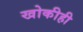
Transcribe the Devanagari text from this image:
खोकीही